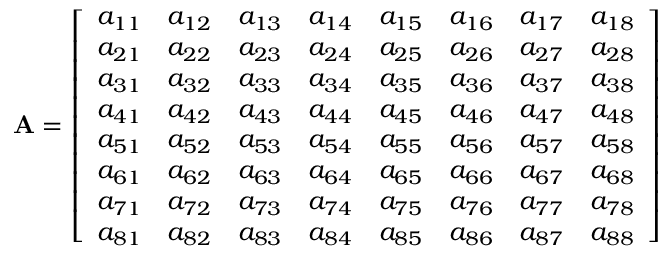
\mathbf { A } = \left[ \begin{array} { l l l l l l l l } { a _ { 1 1 } } & { a _ { 1 2 } } & { a _ { 1 3 } } & { a _ { 1 4 } } & { a _ { 1 5 } } & { a _ { 1 6 } } & { a _ { 1 7 } } & { a _ { 1 8 } } \\ { a _ { 2 1 } } & { a _ { 2 2 } } & { a _ { 2 3 } } & { a _ { 2 4 } } & { a _ { 2 5 } } & { a _ { 2 6 } } & { a _ { 2 7 } } & { a _ { 2 8 } } \\ { a _ { 3 1 } } & { a _ { 3 2 } } & { a _ { 3 3 } } & { a _ { 3 4 } } & { a _ { 3 5 } } & { a _ { 3 6 } } & { a _ { 3 7 } } & { a _ { 3 8 } } \\ { a _ { 4 1 } } & { a _ { 4 2 } } & { a _ { 4 3 } } & { a _ { 4 4 } } & { a _ { 4 5 } } & { a _ { 4 6 } } & { a _ { 4 7 } } & { a _ { 4 8 } } \\ { a _ { 5 1 } } & { a _ { 5 2 } } & { a _ { 5 3 } } & { a _ { 5 4 } } & { a _ { 5 5 } } & { a _ { 5 6 } } & { a _ { 5 7 } } & { a _ { 5 8 } } \\ { a _ { 6 1 } } & { a _ { 6 2 } } & { a _ { 6 3 } } & { a _ { 6 4 } } & { a _ { 6 5 } } & { a _ { 6 6 } } & { a _ { 6 7 } } & { a _ { 6 8 } } \\ { a _ { 7 1 } } & { a _ { 7 2 } } & { a _ { 7 3 } } & { a _ { 7 4 } } & { a _ { 7 5 } } & { a _ { 7 6 } } & { a _ { 7 7 } } & { a _ { 7 8 } } \\ { a _ { 8 1 } } & { a _ { 8 2 } } & { a _ { 8 3 } } & { a _ { 8 4 } } & { a _ { 8 5 } } & { a _ { 8 6 } } & { a _ { 8 7 } } & { a _ { 8 8 } } \end{array} \right]